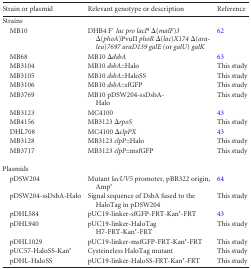
| Strain or plasmid | Relevant genotype or description | Reference |
 | --- | --- | --- |
 | Strains |  |  |
 | MB10 | DHB4 F′ lac pro lacIq Δ(malF)3 Δ(phoA)PvuII phoR Δ(lac)X174 Δ(ara-leu)7697 araD139 galE (or galU) galK | 62 |
 | MB68 | MB10 ΔdsbA | 63 |
 | MB3104 | MB10 dsbA::Halo | This study |
 | MB3105 | MB10 dsbA::HaloSS | This study |
 | MB3106 | MB10 dsbA::sfGFP | This study |
 | MB3769 | MB10 pDSW204-ssDsbA-Halo | This study |
 | MB3123 | MC4100 | 43 |
 | MB4156 | MB3123 ΔrpoS | This study |
 | DHL708 | MC4100 ΔclpPX | 43 |
 | MB3128 | MB3123 clpP::Halo | This study |
 | MB3717 | MB3123 clpP::msfGFP | This study |
 | Plasmids |  |  |
 | pDSW204 | Mutant lacUV5 promoter, pBR322 origin, Ampr | 64 |
 | pDSW204-ssDsbA-Halo | Signal sequence of DsbA fused to the HaloTag in pDSW204 | This study |
 | pDHL584 | pUC19-linker-sfGFP-FRT-Kanr-FRT | 43 |
 | pDHL940 | pUC19-linker-HaloTag H7-FRT-Kanr-FRT | This study |
 | pDHL1029 | pUC19-linker-msfGFP-FRT-Kanr-FRT | This study |
 | pUC57-HaloSS-Kanr | Cysteineless HaloTag mutant | This study |
 | pDHL-HaloSS | pUC19-linker-HaloSS-FRT-Kanr-FRT | This study |